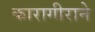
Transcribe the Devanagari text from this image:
कारागीराने